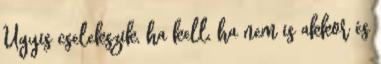
Úgyis cselekszik, ha kell, ha nem is akkor és